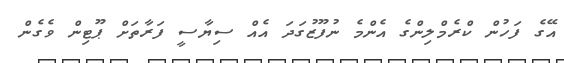
އޭގެ ފަހުން ކްރެމްލިންގެ އެންމެ ނުފޫޒުގަދަ އެއް ސިޔާސީ ފަރާތަށް ޕޫޓިން ވެގެން